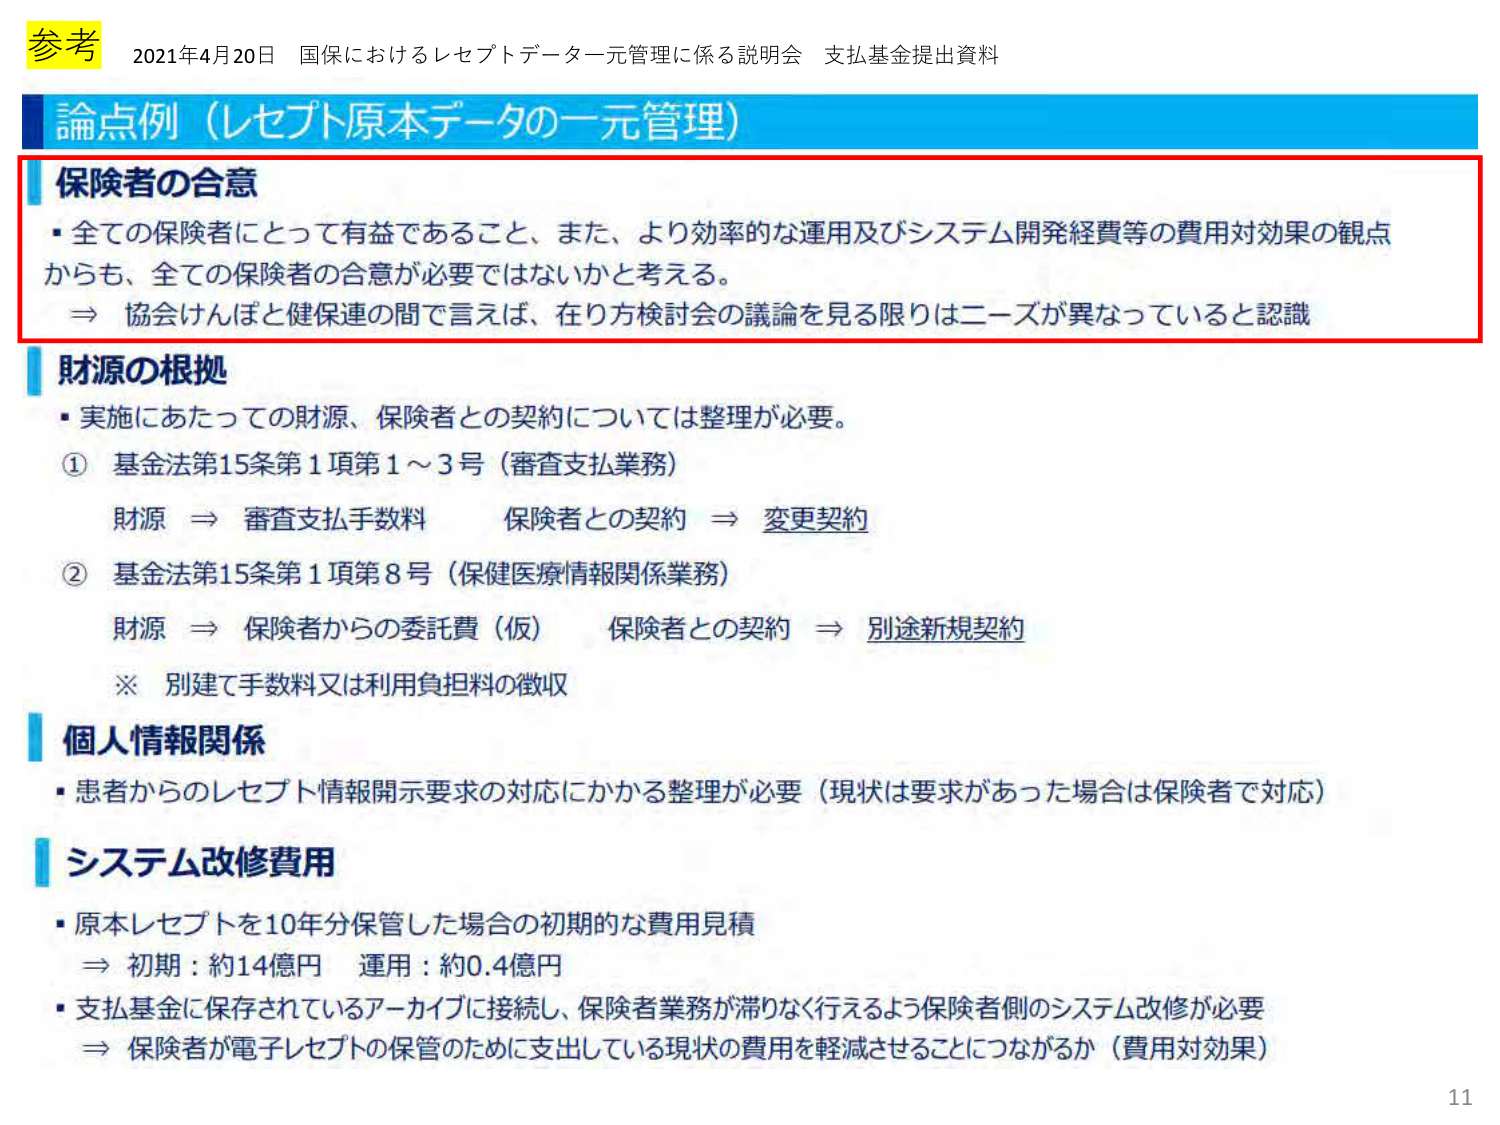
参考 2021年4月20日 国保におけるレセプトデータ一元管理に係る説明会 支払基金提出資料

論点例（レセプト原本データの一元管理）

保険者の合意
・全ての保険者にとって有益であること、また、より効率的な運用及びシステム開発経費等の費用対効果の観点からも、全ての保険者の合意が必要ではないかと考える。
⇒ 協会けんぽと健保連の間で言えば、在り方検討会の議論を見る限りはニーズが異なっていると認識

財源の根拠
・実施にあたっての財源、保険者との契約については整理が必要。
① 基金法第15条第1項第1～3号（審査支払業務）
　財源 ⇒ 審査支払手数料　保険者との契約 ⇒ 変更契約
② 基金法第15条第1項第8号（保健医療情報関係業務）
　財源 ⇒ 保険者からの委託費（仮）　保険者との契約 ⇒ 別途新規契約
　※ 別建て手数料又は利用負担料の徴収

個人情報関係
・患者からのレセプト情報開示要求の対応にかかる整理が必要（現状は要求があった場合は保険者で対応）

システム改修費用
・原本レセプトを10年分保管した場合の初期的な費用見積
　⇒ 初期：約14億円　運用：約0.4億円
・支払基金に保存されているアーカイブに接続し、保険者業務が滞りなく行えるよう保険者側のシステム改修が必要
　⇒ 保険者が電子レセプトの保管のために支出している現状の費用を軽減させることにつながるか（費用対効果）

11